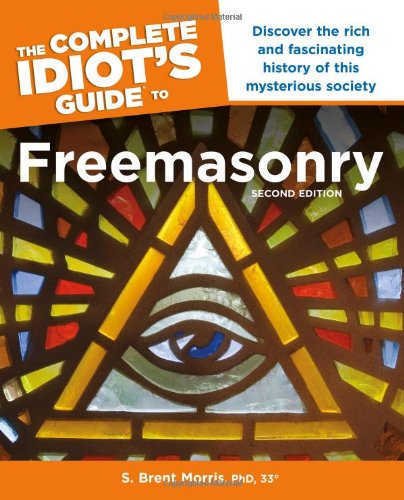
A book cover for The Complete Idiot's Guide to Freemasonry, Second Edition (Idiot's Guides); Ph.D., S. Brent Morris; Religion & Spirituality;